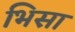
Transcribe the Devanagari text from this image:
भिसा